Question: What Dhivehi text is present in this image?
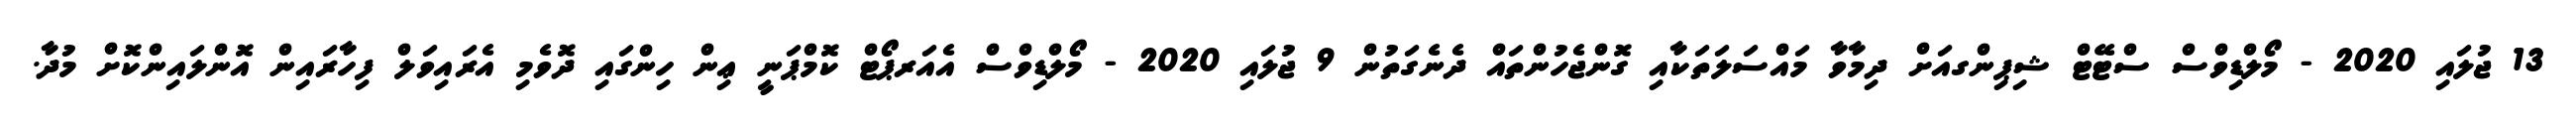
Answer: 13 ޖުލައި 2020 - މޯލްޑިވްސް ސްޓޭޓް ޝިޕިންގއަށް ދިމާވާ މައްސަލަތަކާއި ގޮންޖެހުންތައް ދެނެގަތުން 9 ޖުލައި 2020 - މޯލްޑިވްސް އެއަރޕޯޓް ކޮމްޕަނީ ޢިން ހިންގައި ދޮވެމި އެރައިވަލް ފިހާރައިން އޮންލައިންކޮށް މުދާ.